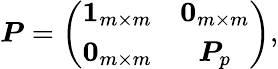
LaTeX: \boldsymbol{P}=\left(\begin{array}{cc}{\boldsymbol{1}_{m\times m}}&{\boldsymbol{0}_{m\times m}}\\ {\boldsymbol{0}_{m\times m}}&{\boldsymbol{P}_{p}}\end{array}\right),